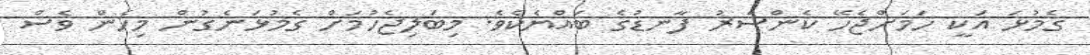
ގެމުޅަ އަކީ ހަމަށްޖެހޭ ކެންސަރު ފާނޑުގެ ބައްޔެކެވެ. މިބަލިޖެހުމަށް ގެމުޅަނެގުން މިހެން ވެސް